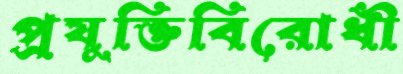
প্রযুক্তিবিরোধী